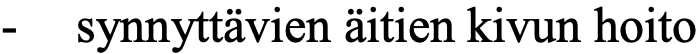
-  synnyttävien äitien kivun hoito